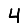
Digit: 4